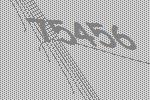
75456